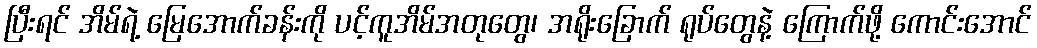
ပြီးရင် အိမ်ရဲ့ မြေအောက်ခန်းကို ပင့်ကူအိမ်အတုတွေ၊ အရိုးခြောက် ရုပ်တွေနဲ့ ကြောက်ဖို့ ကောင်းအောင်